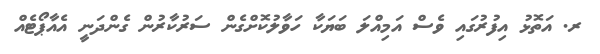
ރ. އަތޮޅު އިފުރުގައި ވެސް އަމިއްލަ ބަޔަކާ ހަވާލުކޮށްގެން ސަރުކާރުން ގެންދަނީ އެއާޕޯޓެއް